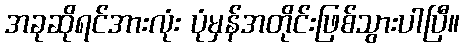
အခုဆိုရင်အားလုံး ပုံမှန်အတိုင်းဖြစ်သွားပါပြီ။